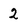
Character: 2